Standards of the constituents of the urine and blood and the bearing of the metabolism of Bengalis on the problems of nutrition - Number 34
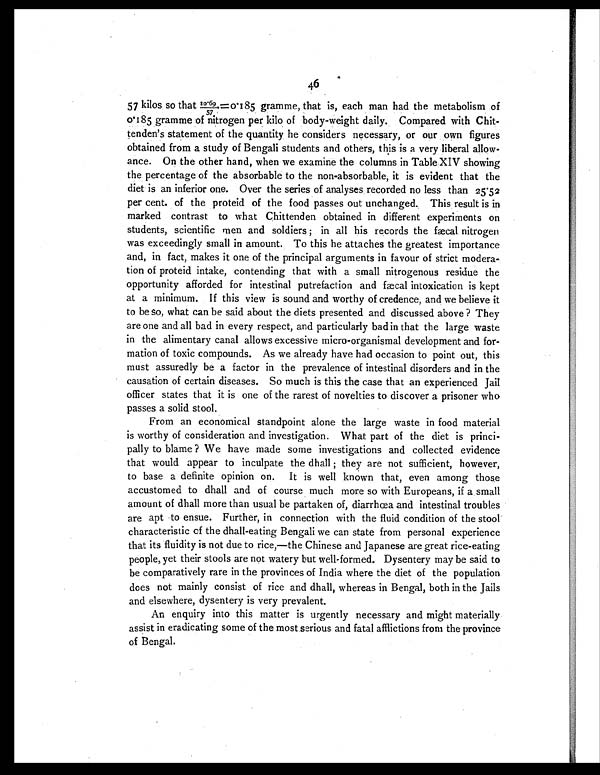
46
57 kilos so that 10.69/57=0.185 gramme, that is, each man had the metabolism of
0.185 gramme of nitrogen per kilo of body-weight daily. Compared with Chit
-tenden's statement of the quantity he considers necessary, or our own figures
obtained from a study of Bengali students and others, this is a very liberal allow-
ance. On the other hand, when we examine the columns in Table XIV showing
the percentage of the absorbable to the non-absorbable, it is evident that the
diet is an inferior one. Over the series of analyses recorded no less than 25.52
per cent. of the proteid of the food passes out unchanged. This result is in
marked contrast to what Chittenden obtained in different experiments on
students, scientific men and soldiers ; in all his records the fæcal nitrogen
was exceedingly small in amount. To this he attaches the greatest importance
and, in fact, makes it one of the principal arguments in favour of strict modera
tion of proteid intake, contending that with a small nitrogenous residue the
opportunity afforded for intestinal putrefaction and fæcal intoxication is kept
at a minimum. If this view is sound and worthy of credence, and we believe it
to be so, what can be said about the diets presented and discussed above ? They
are one and all bad in every respect, and particularly bad in that the large waste
in the alimentary canal allows excessive micro-organismal development and for-
mation of toxic compounds. As we already have had occasion to point out, this
must assuredly be a factor in the prevalence of intestinal disorders and in the
causation of certain diseases. So much is this the case that an experienced Jail
officer states that it is one of the rarest of novelties to discover a prisoner who
passes a solid stool.
From an economical standpoint alone the large waste in food material
is worthy of consideration and investigation. What part of the diet is princi-
pally to blame ? We have made some investigations and collected evidence
that would appear to inculpate the dhall ; they are not sufficient, however,
to base a definite opinion on. It is well known that, even among those
accustomed to dhall and of course much more so with Europeans, if a small
amount of dhall more than usual be partaken of, diarrhœa and intestinal troubles
are apt to ensue. Further, in connection with the fluid condition of the stool
characteristic of the dhall-eating Bengali we can state from personal experience
that its fluidity is not due to rice,—the Chinese and Japanese are great rice-eating
people, yet their stools are not watery but well-formed. Dysentery may be said to
be comparatively rare in the provinces of India where the diet of the population
does not mainly consist of rice and dhall, whereas in Bengal, both in the Jails
and elsewhere, dysentery is very prevalent.
An enquiry into this matter is urgently necessary and might materially
assist in eradicating some of the most serious and fatal afflictions from the province
of Bengal.